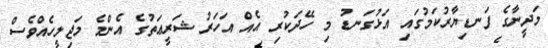
މަދީނާގެ ފަނޑިޔާރުކަމުގައި އަޅުގަނޑު މި ހޭދަކުރި އެއް އަހަރު ޝަރީޢަތުގެ އެންމެ މަޖިލީހެއްވެސް